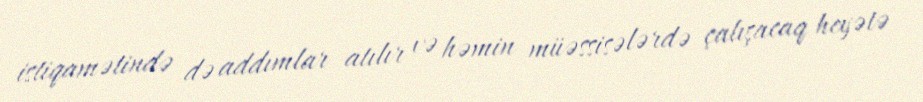
istiqamətində də addımlar atılır və həmin müəssisələrdə çalışacaq heyətə